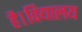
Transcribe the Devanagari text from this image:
है।विद्यालय